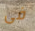
فى